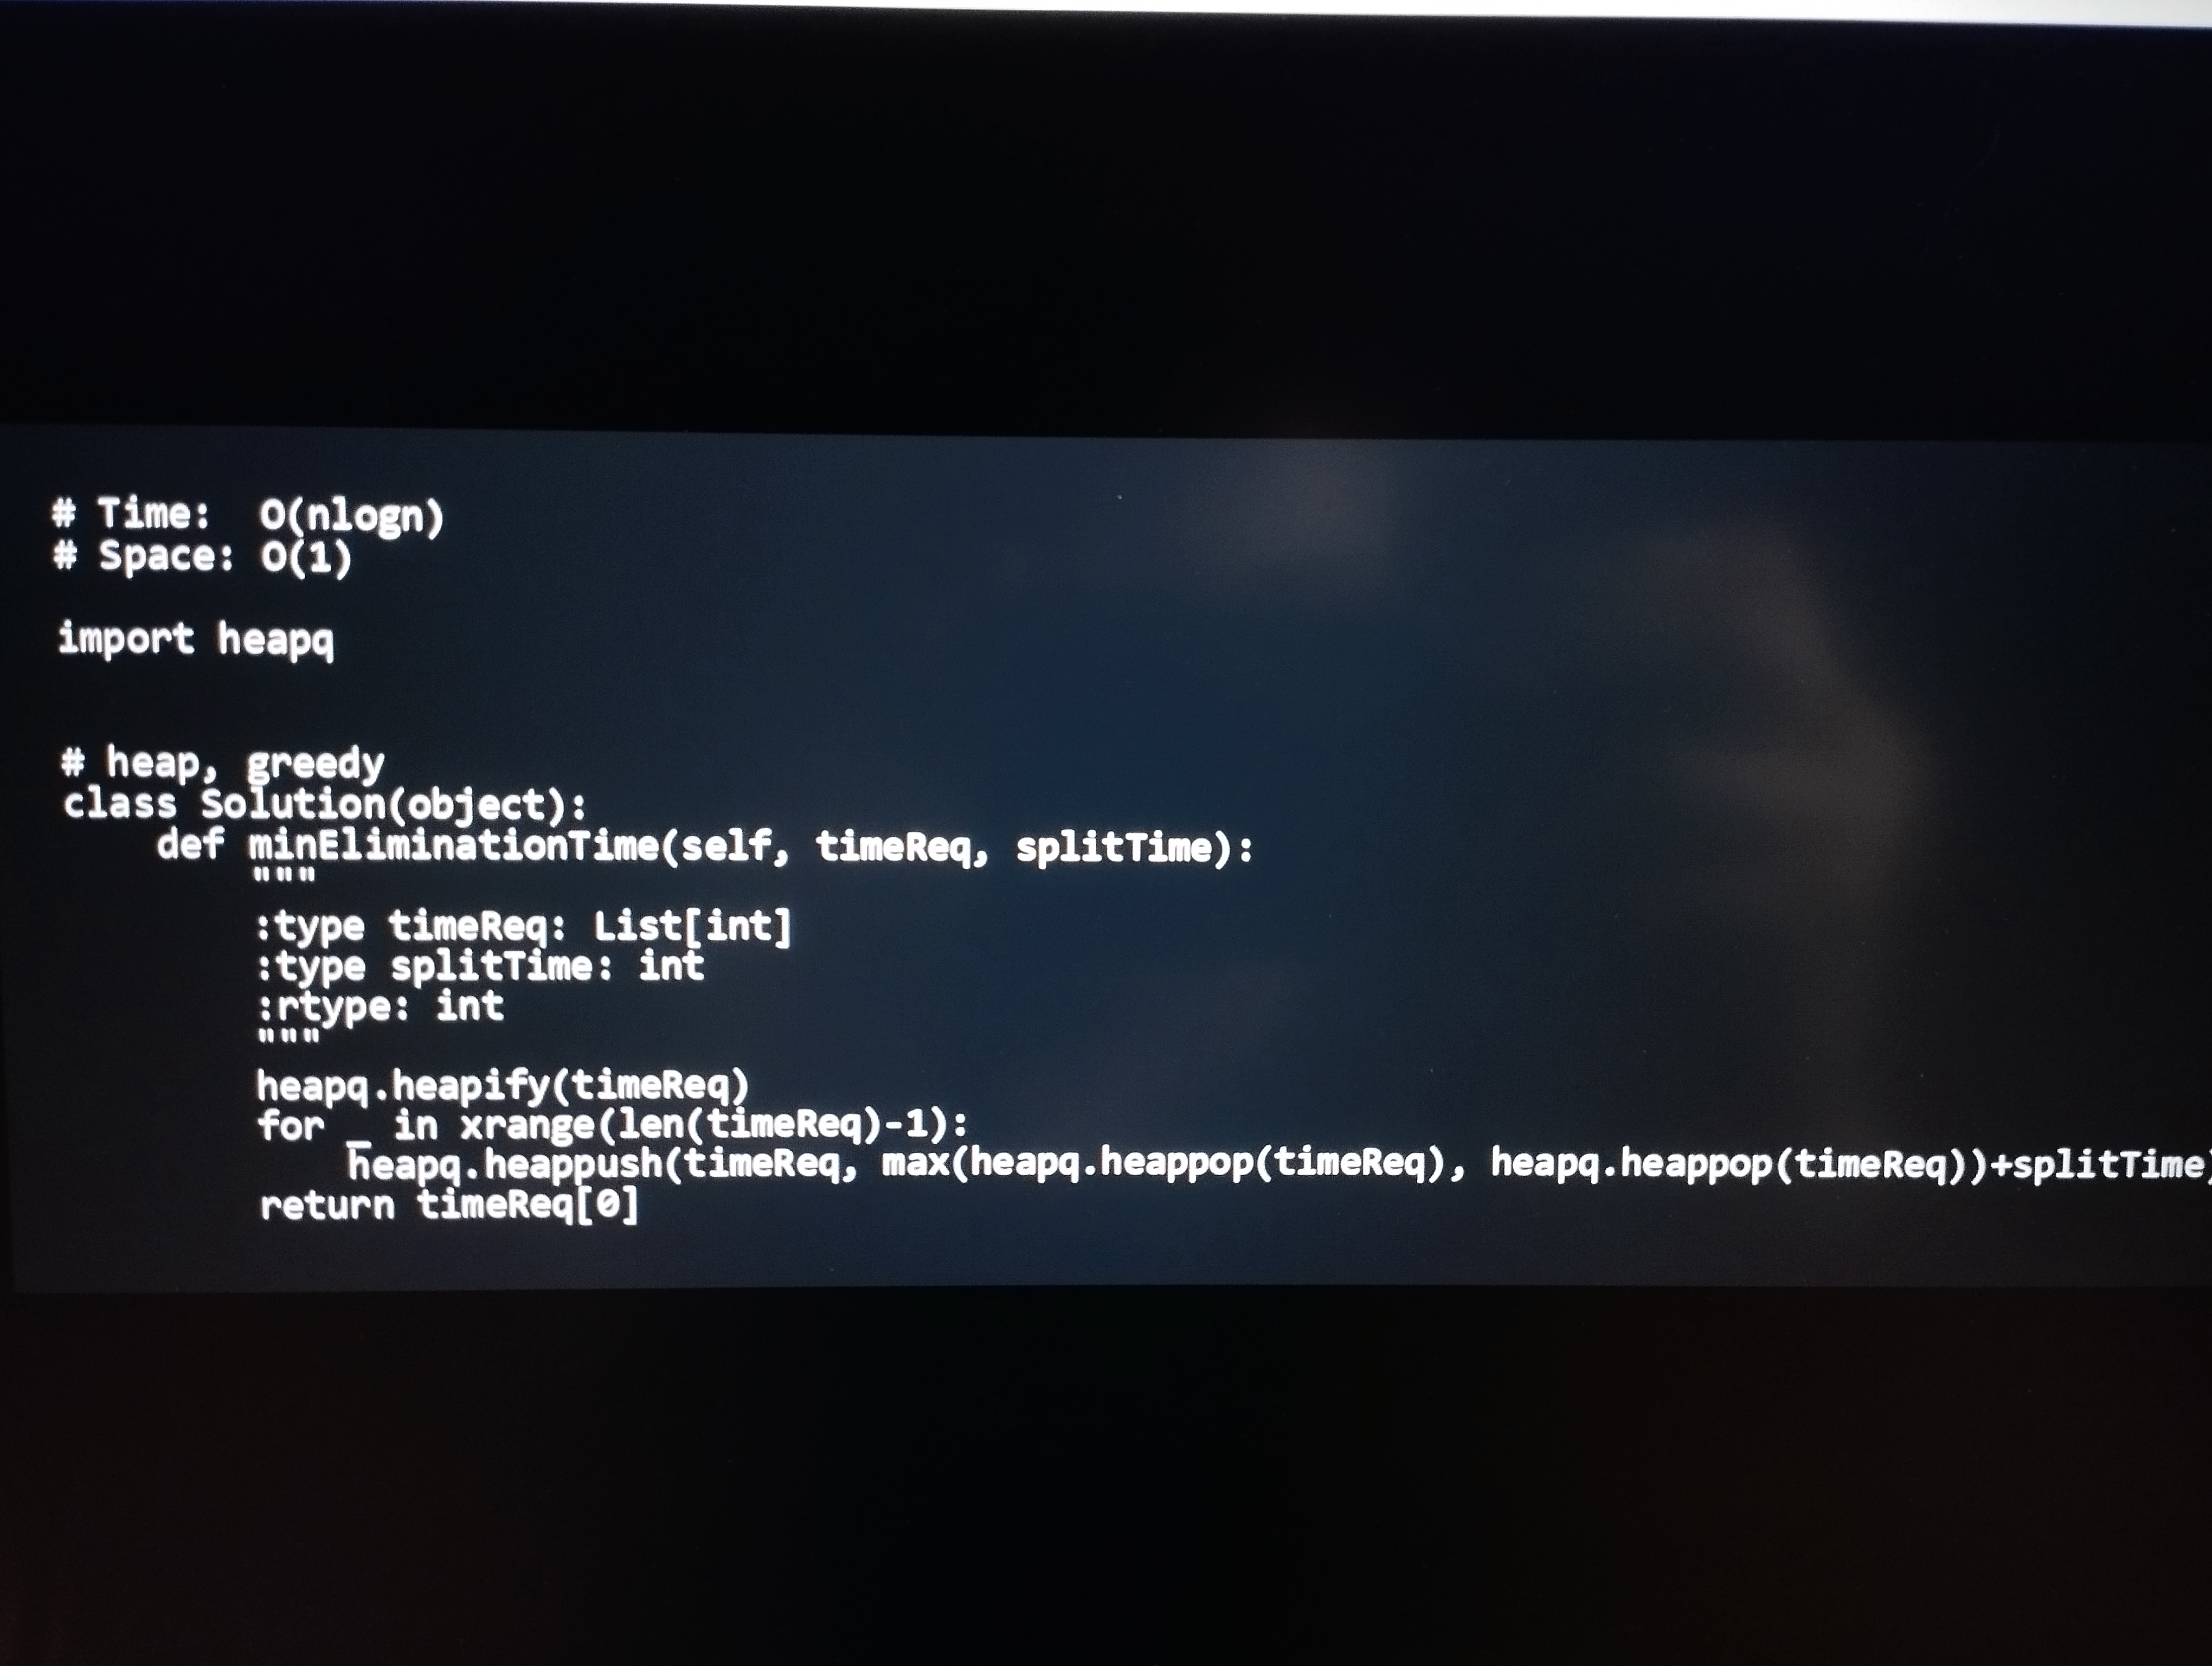
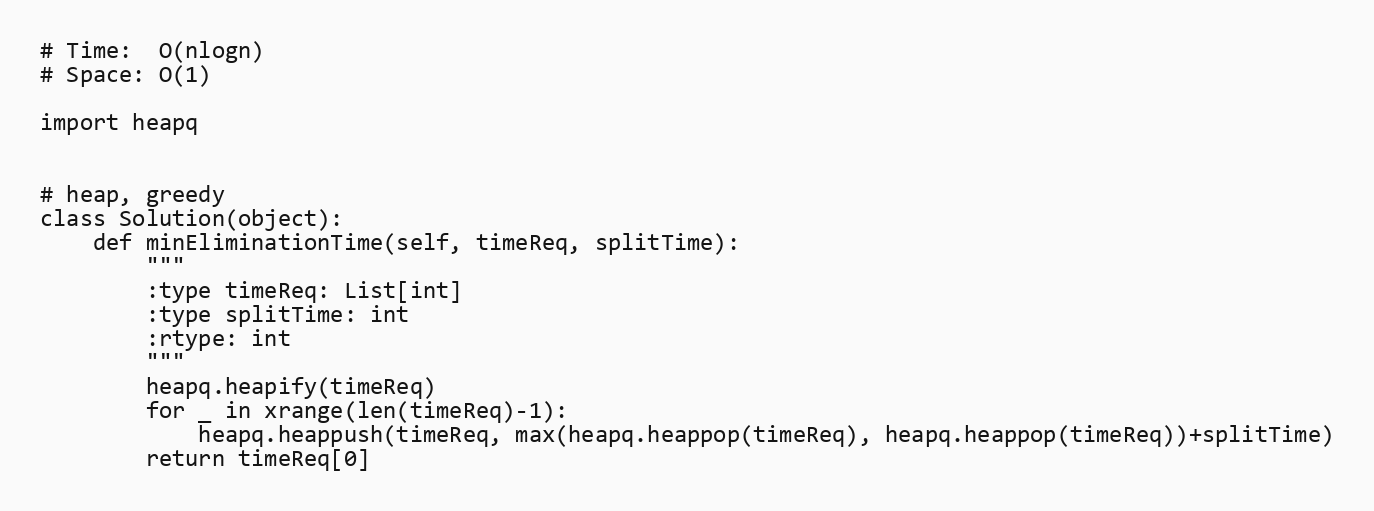
# Time:  O(nlogn)
# Space: O(1)

import heapq

# heap, greedy
class Solution(object):
    def minEliminationTime(self, timeReq, splitTime):
        """
        :type timeReq: List[int]
        :type splitTime: int
        :rtype: int
        """
        heapq.heapify(timeReq)
        for _ in xrange(len(timeReq)-1):
            heapq.heappush(timeReq, max(heapq.heappop(timeReq), heapq.heappop(timeReq))+splitTime)
        return timeReq[0]